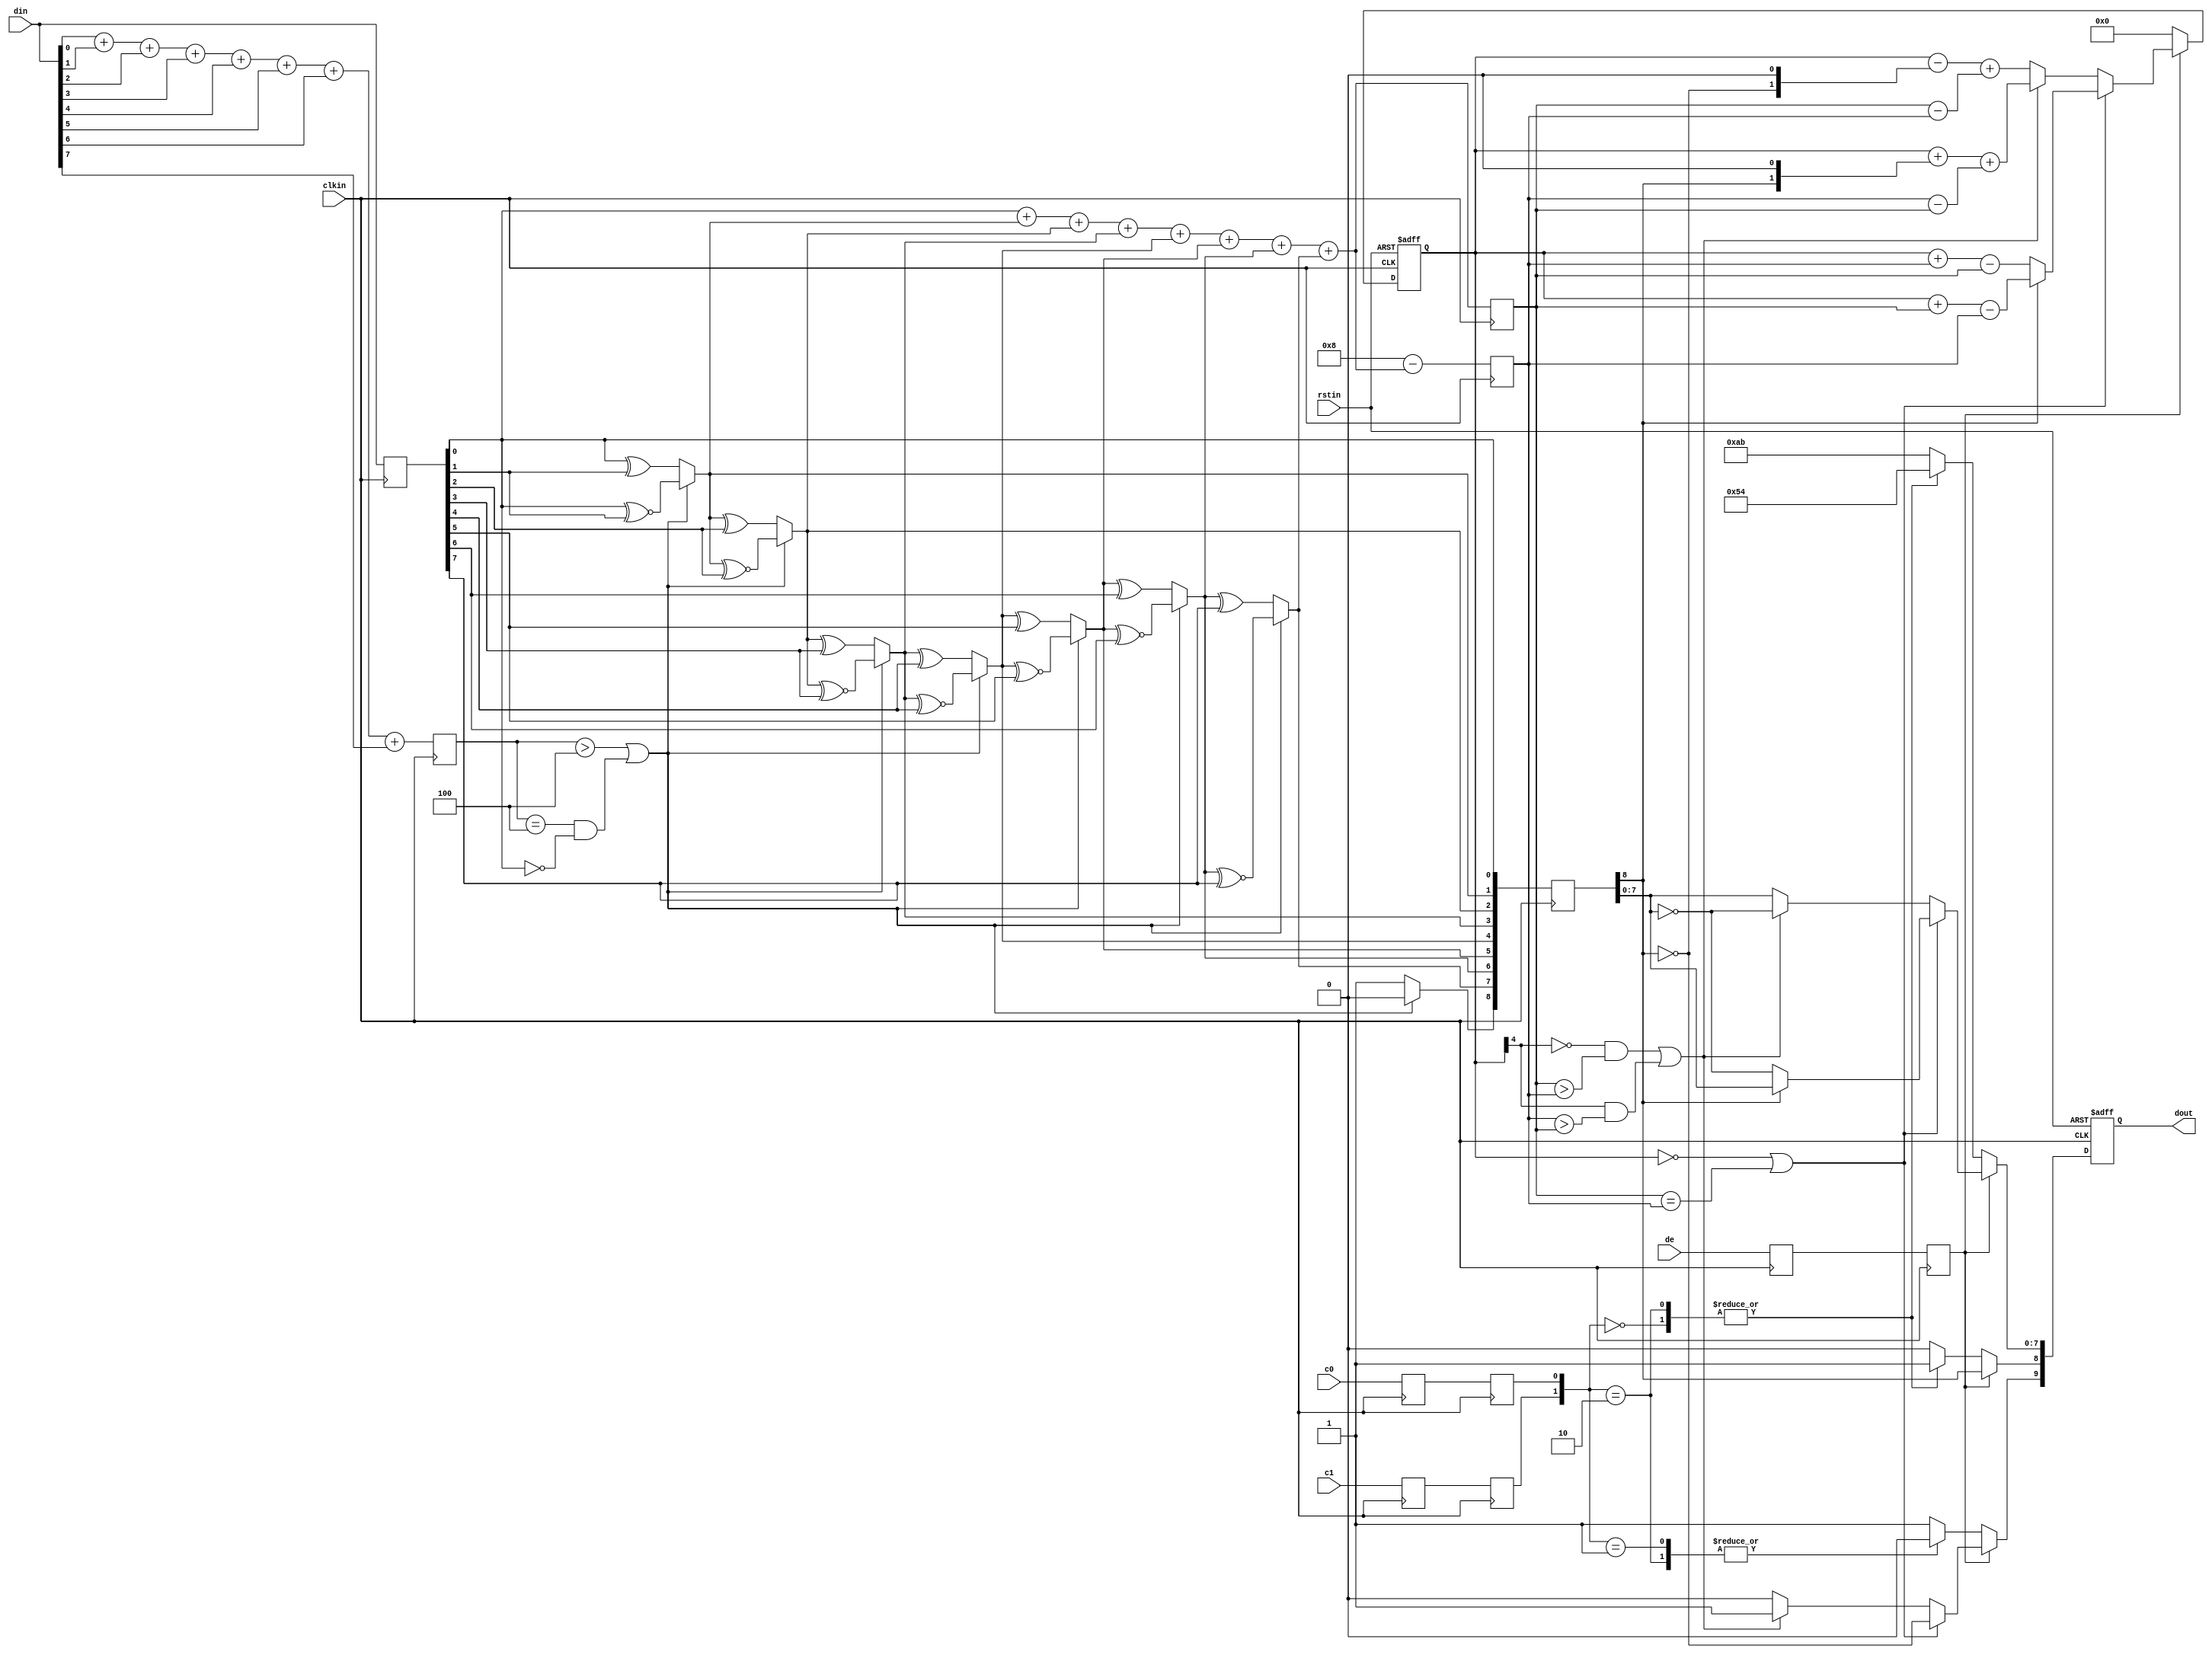
`timescale 1ns / 1ps
//////////////////////////////////////////////////////////////////////////////////
// Company: 
// Engineer: 
// 
// Design Name: 
// Module Name: dvi_encoder
// Project Name: 
// Target Devices: 
// Tool Versions: 
// Description: 
// 
// Dependencies: 
// 
// Revision:
// Revision 0.01 - File Created
// Additional Comments:
// 
//////////////////////////////////////////////////////////////////////////////////


module dvi_encoder(
    input            clkin,    // pixel clock input
    input            rstin,    // async. reset input (active high)
    input      [7:0] din,      // data inputs: expect registered
    input            c0,       // c0 input
    input            c1,       // c1 input
    input            de,       // de input
    output reg [9:0] dout      // data outputs

    );
    reg [3:0] n1d; //number of 1s in din
    reg [7:0] din_q;
    always @ (posedge clkin) begin
    n1d <=#1 din[0] + din[1] + din[2] + din[3] + din[4] + din[5] + din[6] + din[7];

    din_q <=#1 din;
    end
    wire decision1;

    assign decision1 = (n1d > 4'h4) | ((n1d == 4'h4) & (din_q[0] == 1'b0));

    wire [8:0] q_m;
    assign q_m[0] = din_q[0];
    assign q_m[1] = (decision1) ? (q_m[0] ^~ din_q[1]) : (q_m[0] ^ din_q[1]);
    assign q_m[2] = (decision1) ? (q_m[1] ^~ din_q[2]) : (q_m[1] ^ din_q[2]);
    assign q_m[3] = (decision1) ? (q_m[2] ^~ din_q[3]) : (q_m[2] ^ din_q[3]);
    assign q_m[4] = (decision1) ? (q_m[3] ^~ din_q[4]) : (q_m[3] ^ din_q[4]);
    assign q_m[5] = (decision1) ? (q_m[4] ^~ din_q[5]) : (q_m[4] ^ din_q[5]);
    assign q_m[6] = (decision1) ? (q_m[5] ^~ din_q[6]) : (q_m[5] ^ din_q[6]);
    assign q_m[7] = (decision1) ? (q_m[6] ^~ din_q[7]) : (q_m[6] ^ din_q[7]);
    assign q_m[8] = (decision1) ? 1'b0 : 1'b1;


    reg [3:0] n1q_m, n0q_m; // number of 1s and 0s for q_m
    always @ (posedge clkin) begin
        n1q_m  <=#1 q_m[0] + q_m[1] + q_m[2] + q_m[3] + q_m[4] + q_m[5] + q_m[6] + q_m[7];
        n0q_m  <=#1 4'h8 - (q_m[0] + q_m[1] + q_m[2] + q_m[3] + q_m[4] + q_m[5] + q_m[6] + q_m[7]);
    end

    parameter CTRLTOKEN0 = 10'b1101010100;
    parameter CTRLTOKEN1 = 10'b0010101011;
    parameter CTRLTOKEN2 = 10'b0101010100;
    parameter CTRLTOKEN3 = 10'b1010101011;

    reg [4:0] cnt; //disparity counter, MSB is the sign bit
    wire decision2, decision3;

    assign decision2 = (cnt == 5'h0) | (n1q_m == n0q_m);

    
    assign decision3 = (~cnt[4] & (n1q_m > n0q_m)) | (cnt[4] & (n0q_m > n1q_m));

    reg       de_q, de_reg;
    reg       c0_q, c1_q;
    reg       c0_reg, c1_reg;
    reg [8:0] q_m_reg;

    always @ (posedge clkin) begin
        de_q    <=#1 de;
        de_reg  <=#1 de_q;
        
        c0_q    <=#1 c0;
        c0_reg  <=#1 c0_q;
        c1_q    <=#1 c1;
        c1_reg  <=#1 c1_q;

        q_m_reg <=#1 q_m;
    end

    always @ (posedge clkin or posedge rstin) begin
        if(rstin) begin
        dout <= 10'h0;
        cnt <= 5'h0;
        end else begin
        if (de_reg) begin
            if(decision2) begin
            dout[9]   <=#1 ~q_m_reg[8]; 
            dout[8]   <=#1 q_m_reg[8]; 
            dout[7:0] <=#1 (q_m_reg[8]) ? q_m_reg[7:0] : ~q_m_reg[7:0];

            cnt <=#1 (~q_m_reg[8]) ? (cnt + n0q_m - n1q_m) : (cnt + n1q_m - n0q_m);
            end else begin
            if(decision3) begin
                dout[9]   <=#1 1'b1;
                dout[8]   <=#1 q_m_reg[8];
                dout[7:0] <=#1 ~q_m_reg[7:0];

                cnt <=#1 cnt + {q_m_reg[8], 1'b0} + (n0q_m - n1q_m);
            end else begin
                dout[9]   <=#1 1'b0;
                dout[8]   <=#1 q_m_reg[8];
                dout[7:0] <=#1 q_m_reg[7:0];

                cnt <=#1 cnt - {~q_m_reg[8], 1'b0} + (n1q_m - n0q_m);
            end
            end
        end else begin
            case ({c1_reg, c0_reg})
            2'b00:   dout <=#1 CTRLTOKEN0;
            2'b01:   dout <=#1 CTRLTOKEN1;
            2'b10:   dout <=#1 CTRLTOKEN2;
            default: dout <=#1 CTRLTOKEN3;
            endcase

            cnt <=#1 5'h0;
        end
        end
    end
endmodule